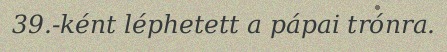
39.-ként léphetett a pápai trónra.